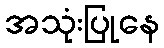
အသုံးပြုနေ